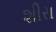
શીરા